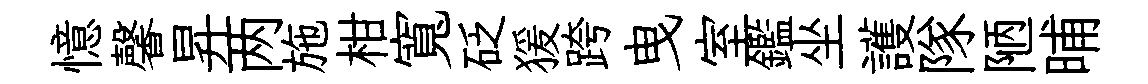
憶馨昇两施柑寬砭猨跨曳室鑑坐護隊陋晡